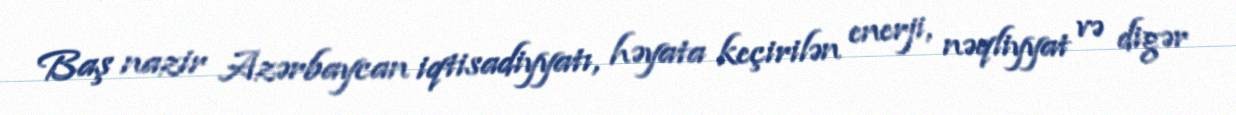
Baş nazir Azərbaycan iqtisadiyyatı, həyata keçirilən enerji, nəqliyyat və digər